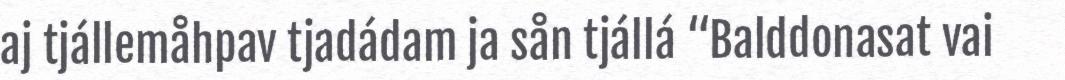
aj tjállemåhpav tjadádam ja sån tjállá “Balddonasat vai